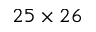
2 5 \times 2 6